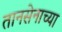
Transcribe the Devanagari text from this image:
तानसेनाच्या